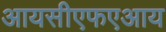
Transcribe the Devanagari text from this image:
आयसीएफएआय